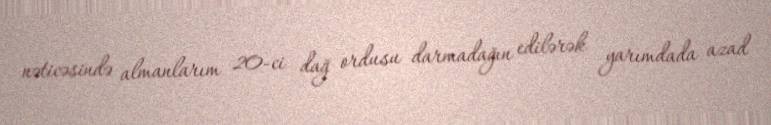
nəticəsində almanlarım 20-ci dağ ordusu darmadağın edilərək yarımdada azad